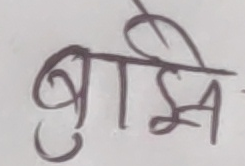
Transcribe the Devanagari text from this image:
बुझे